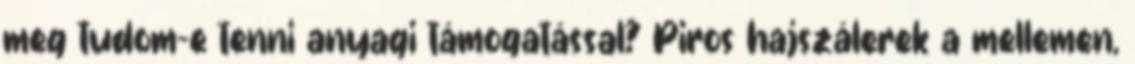
meg tudom-e tenni anyagi támogatással? Piros hajszálerek a mellemen,